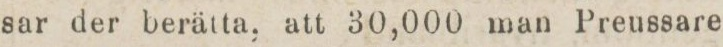
sar der berätta, att 30,000 man Preussare